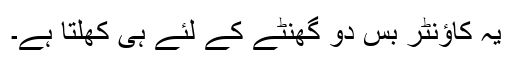
یہ کاؤنٹر بس دو گھنٹے کے لئے ہی کھلتا ہے۔